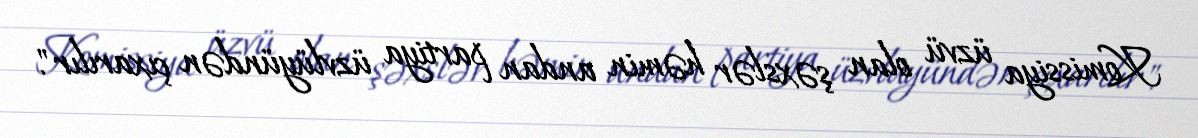
Komissiya üzvü olan şəxslər həmin andan partiya üzvlüyündən çıxarılır".